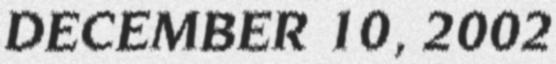
DECEMBER 10, 2002